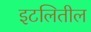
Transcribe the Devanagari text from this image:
इटलितील